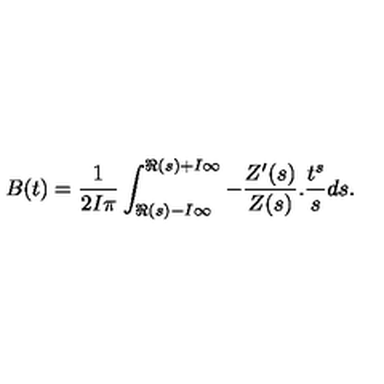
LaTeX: B ( t ) = \frac { 1 } { 2 I \pi } \int _ { \Re ( s ) - I \infty } ^ { \Re ( s ) + I \infty } - \frac { Z ^ { \prime } ( s ) } { Z ( s ) } . \frac { t ^ { s } } { s } d s .